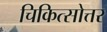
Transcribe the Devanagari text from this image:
चिकित्सोत्तर